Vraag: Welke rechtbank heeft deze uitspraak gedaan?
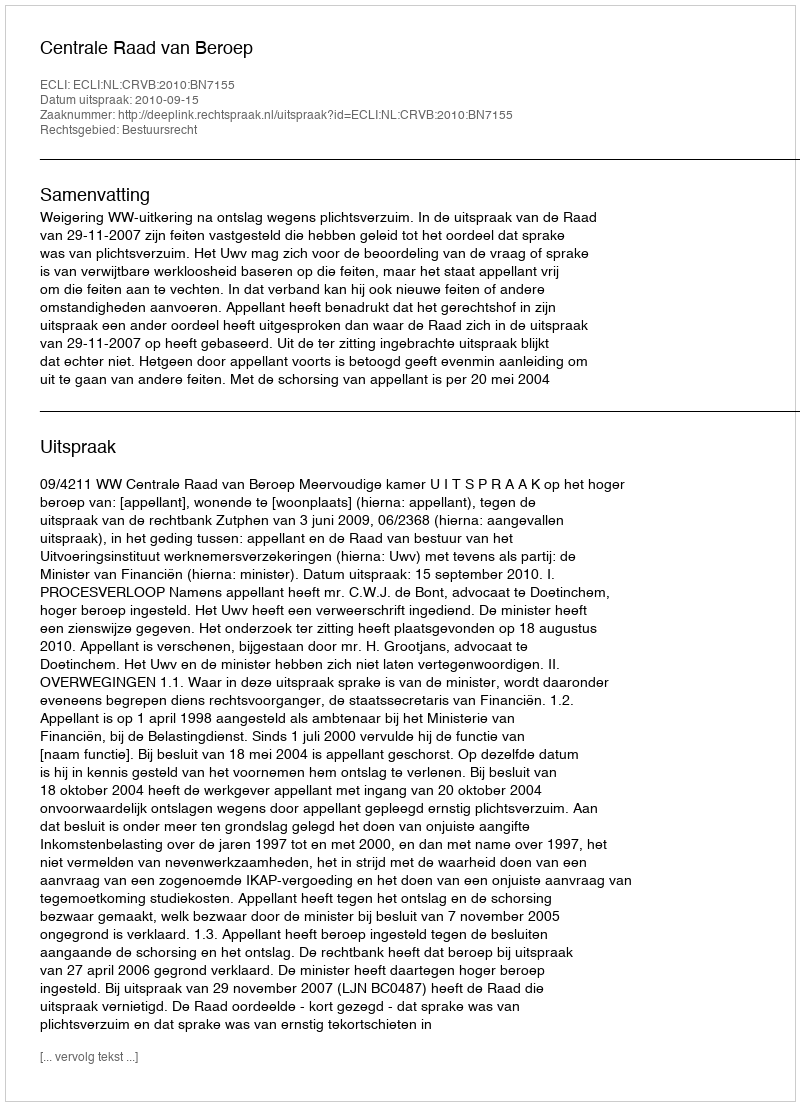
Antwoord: Centrale Raad van Beroep